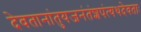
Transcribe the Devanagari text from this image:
देवतानांतुयजनंतंशपंत्यथदेवताः